Annual report of the Civil Veterinary Department, Bengal, for the year 1895-96 - 1895-1896
Year: 1895
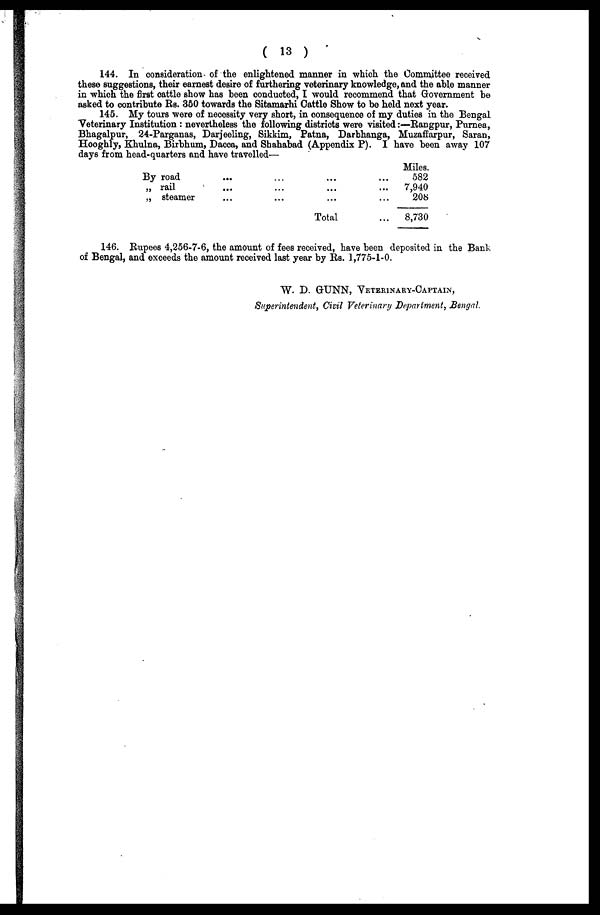
(13)
144. In consideration of the enlightened manner in which the Committee received
these suggestions, their earnest desire of furthering veterinary knowledge, and the able manner
in which the first cattle show has been conducted, I would recommend that Government be
asked to contribute Rs. 350 towards the Sitamarhi Cattle Show to be held next year.
145. My tours were of necessity very short, in consequence of my duties in the Bengal
Veterinary Institution : nevertheless the following districts were visited:—Rangpur, Purnea,
Bhagalpur, 24-Parganas, Darjeeling, Sikkim, Patna, Darbhanga, Muzaffarpur, Saran,
Hooghly, Khulna, Birbhum, Dacca, and Shahabad (Appendix P). I have been away 107
days from head-quarters and have travelled—
By road
„ rail
„ steamer
...
...
...
...
...
...
...
...
...
Total
...
...
...
...
Miles.
582
7,940
208
8,730
146. Rupees 4,256-7-6, the amount of fees received, have been deposited in the Bank
of Bengal, and exceeds the amount received last year by Rs. 1,775-1-0.
W. D. GUNN, VETERINARY-CAPTAIN,
Superintendent, Civil Veterinary Department, Bengal.